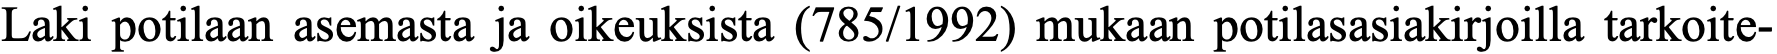
Laki potilaan asemasta ja oikeuksista (785/1992) mukaan potilasasiakirjoilla tarkoite-